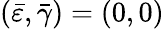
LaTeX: (\bar{\varepsilon},\bar{\gamma})=(0,0)